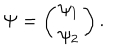
\Psi = \left( \begin{array} { c } { { \psi _ { 1 } } } \\ { { \psi _ { 2 } } } \\ \end{array} \right) .